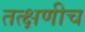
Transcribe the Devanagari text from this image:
तत्क्षणीच